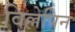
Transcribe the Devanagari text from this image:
विल्लेपिन